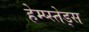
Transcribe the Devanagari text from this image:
हेम्प्स्तेड्स